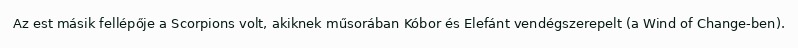
Az est másik fellépője a Scorpions volt, akiknek műsorában Kóbor és Elefánt vendégszerepelt (a Wind of Change-ben).